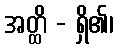
အတ္ထိ - ရှိ၏၊